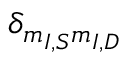
\delta _ { m _ { I , S } m _ { I , D } }